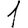
Digit: 1